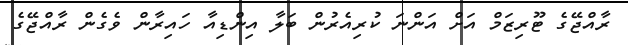
ރާއްޖޭގެ ޓޫރިޒަމް އަށް އަންނަ ކުރިއެރުން ބަލާ އިންޑިއާ ހައިރާން ވެގެން ރާއްޖޭގެ